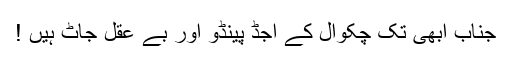
جناب ابھی تک چکوال کے اُجڈ پینڈو اور بے عقل جاٹ ہیں !